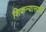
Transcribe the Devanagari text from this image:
शिकन्यासाथि